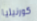
كورنيليا